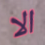
الا